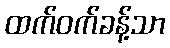
ထက်ဝက်ခန့်သာ